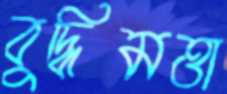
বুদ্ধিমত্তা